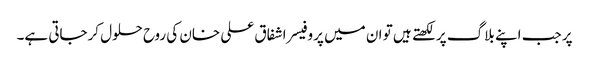
پر جب اپنے بلاگ پر لکھتے ہیں تو ان میں پروفیسر اشفاق علی خان کی روح حلول کرجاتی ہے۔